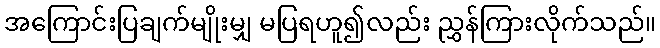
အကြောင်းပြချက်မျိုးမျှ မပြရဟူ၍လည်း ညွှန်ကြားလိုက်သည်။